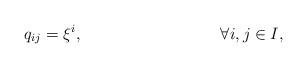
LaTeX: \begin{align*}q_{ij}&=\xi^i, &\forall i,j\in I,\end{align*}